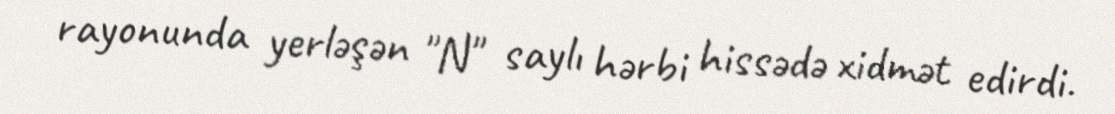
rayonunda yerləşən "N" saylı hərbi hissədə xidmət edirdi.